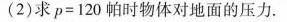
(2)求$$p = 1 2 0$$帕时物体对地面的压力.